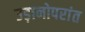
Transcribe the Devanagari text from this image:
उड़ानोपरांत